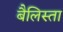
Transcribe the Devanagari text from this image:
बैलिस्ता